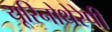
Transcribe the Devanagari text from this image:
यूरिनोथेरेपी